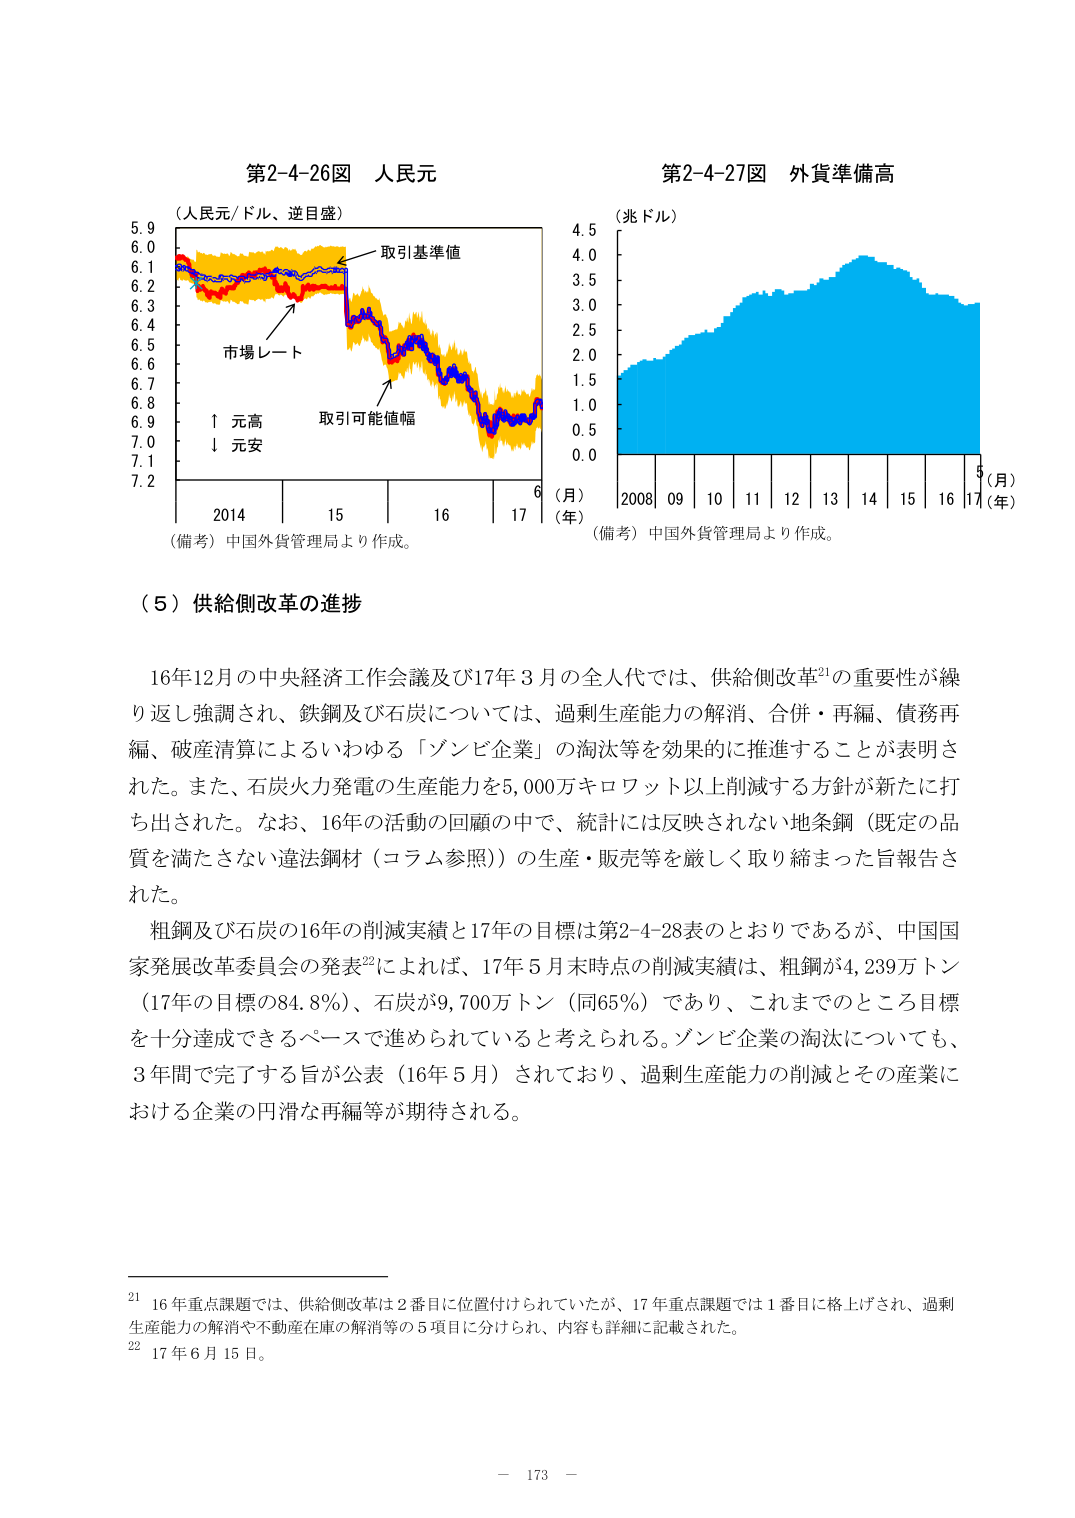
第2-4-26図 人民元
（人民元/ドル、逆日盛）
取引基準値
市場レート
↑ 元高
↓ 元安
取引可能値幅
2014 15 16 17（年）
（備考）中国外貨管理局より作成。

第2-4-27図 外貨準備高
（兆ドル）
2008 09 10 11 12 13 14 15 16 17（年）
（月）
（備考）中国外貨管理局より作成。

（５）供給側改革の進捗

16年12月の中央経済工作会議及び17年3月の全人代では、供給側改革²¹の重要性が繰り返し強調され、鉄鋼及び石炭については、過剰生産能力の解消、合併・再編、債務再編、破産清算によるいわゆる「ゾンビ企業」の淘汰等を効果的に推進することが表明された。また、石炭火力発電の生産能力を5,000万キロワット以上削減する方針が新たに打ち出された。なお、16年の活動の回顧の中で、統計には反映されない地条鋼（既定の品質を満たさない違法鋼材（コラム参照））の生産・販売等を厳しく取り締まった旨報告された。

粗鋼及び石炭の16年の削減実績と17年の目標は第2-4-28表のとおりであるが、中国国家発展改革委員会の発表²²によれば、17年5月末時点の削減実績は、粗鋼が4,239万トン（17年の目標の84.8％）、石炭が9,700万トン（同65％）であり、これまでのところ目標を十分達成できるペースで進められていると考えられる。ゾンビ企業の淘汰についても、3年間で完了する旨が公表（16年5月）されており、過剰生産能力の削減とその産業における企業の円滑な再編等が期待される。

²¹ 16年重点課題では、供給側改革は2番目に位置付けられていたが、17年重点課題では1番目に格上げされ、過剰生産能力の解消や不動産在庫の解消等の5項目に分けられ、内容も詳細に記載された。
²² 17年6月15日。

－ 173 －